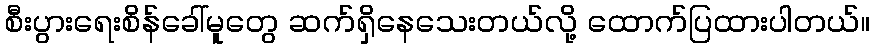
စီးပွားရေးစိန်ခေါ်မူတွေ ဆက်ရှိနေသေးတယ်လို့ ထောက်ပြထားပါတယ်။